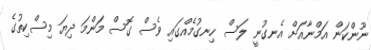
ނޫންކަން އަމްނާއަށް އެނގުނީ ލަސް ހިނގުމެއްގައި ވެސް ގޮސް މަންމަ ދިޔަ މިސްކިތުގެ